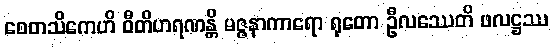
စေတသိကေဟိ ဝီတိဟရဏန္တိ မဇ္ဇနာကာရော ရုတော ဦလဿေတိ ဖလဋ္ဌဿ